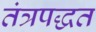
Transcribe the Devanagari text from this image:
तंत्रपद्धत